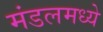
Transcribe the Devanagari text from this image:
मंडलमध्ये